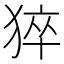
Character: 猝